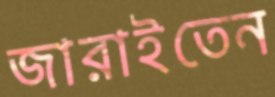
জারাইতেন